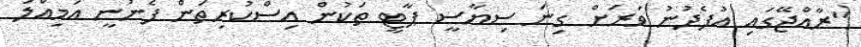
"ރާއްޖޭގައި އުފެދުނު ވަރަށް ގިނަ ސިޔާސީ ޕާޓީ ތަކުން އިސްކުރިތަން ފެނުނީ އަމިއްލަ